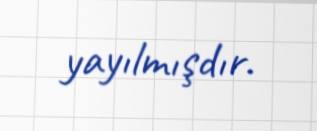
yayılmışdır.